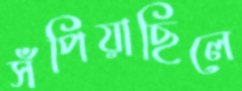
সঁপিয়াছিলে